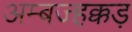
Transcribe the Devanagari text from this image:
अम्बज्हक्कड़